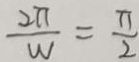
\frac { 2 \pi } { w } = \frac { \pi } { 2 }